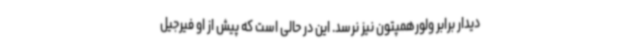
دیدار برابر ولورهمپتون نیز نرسد. این در حالی است که پیش از او فیرجیل